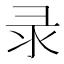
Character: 录